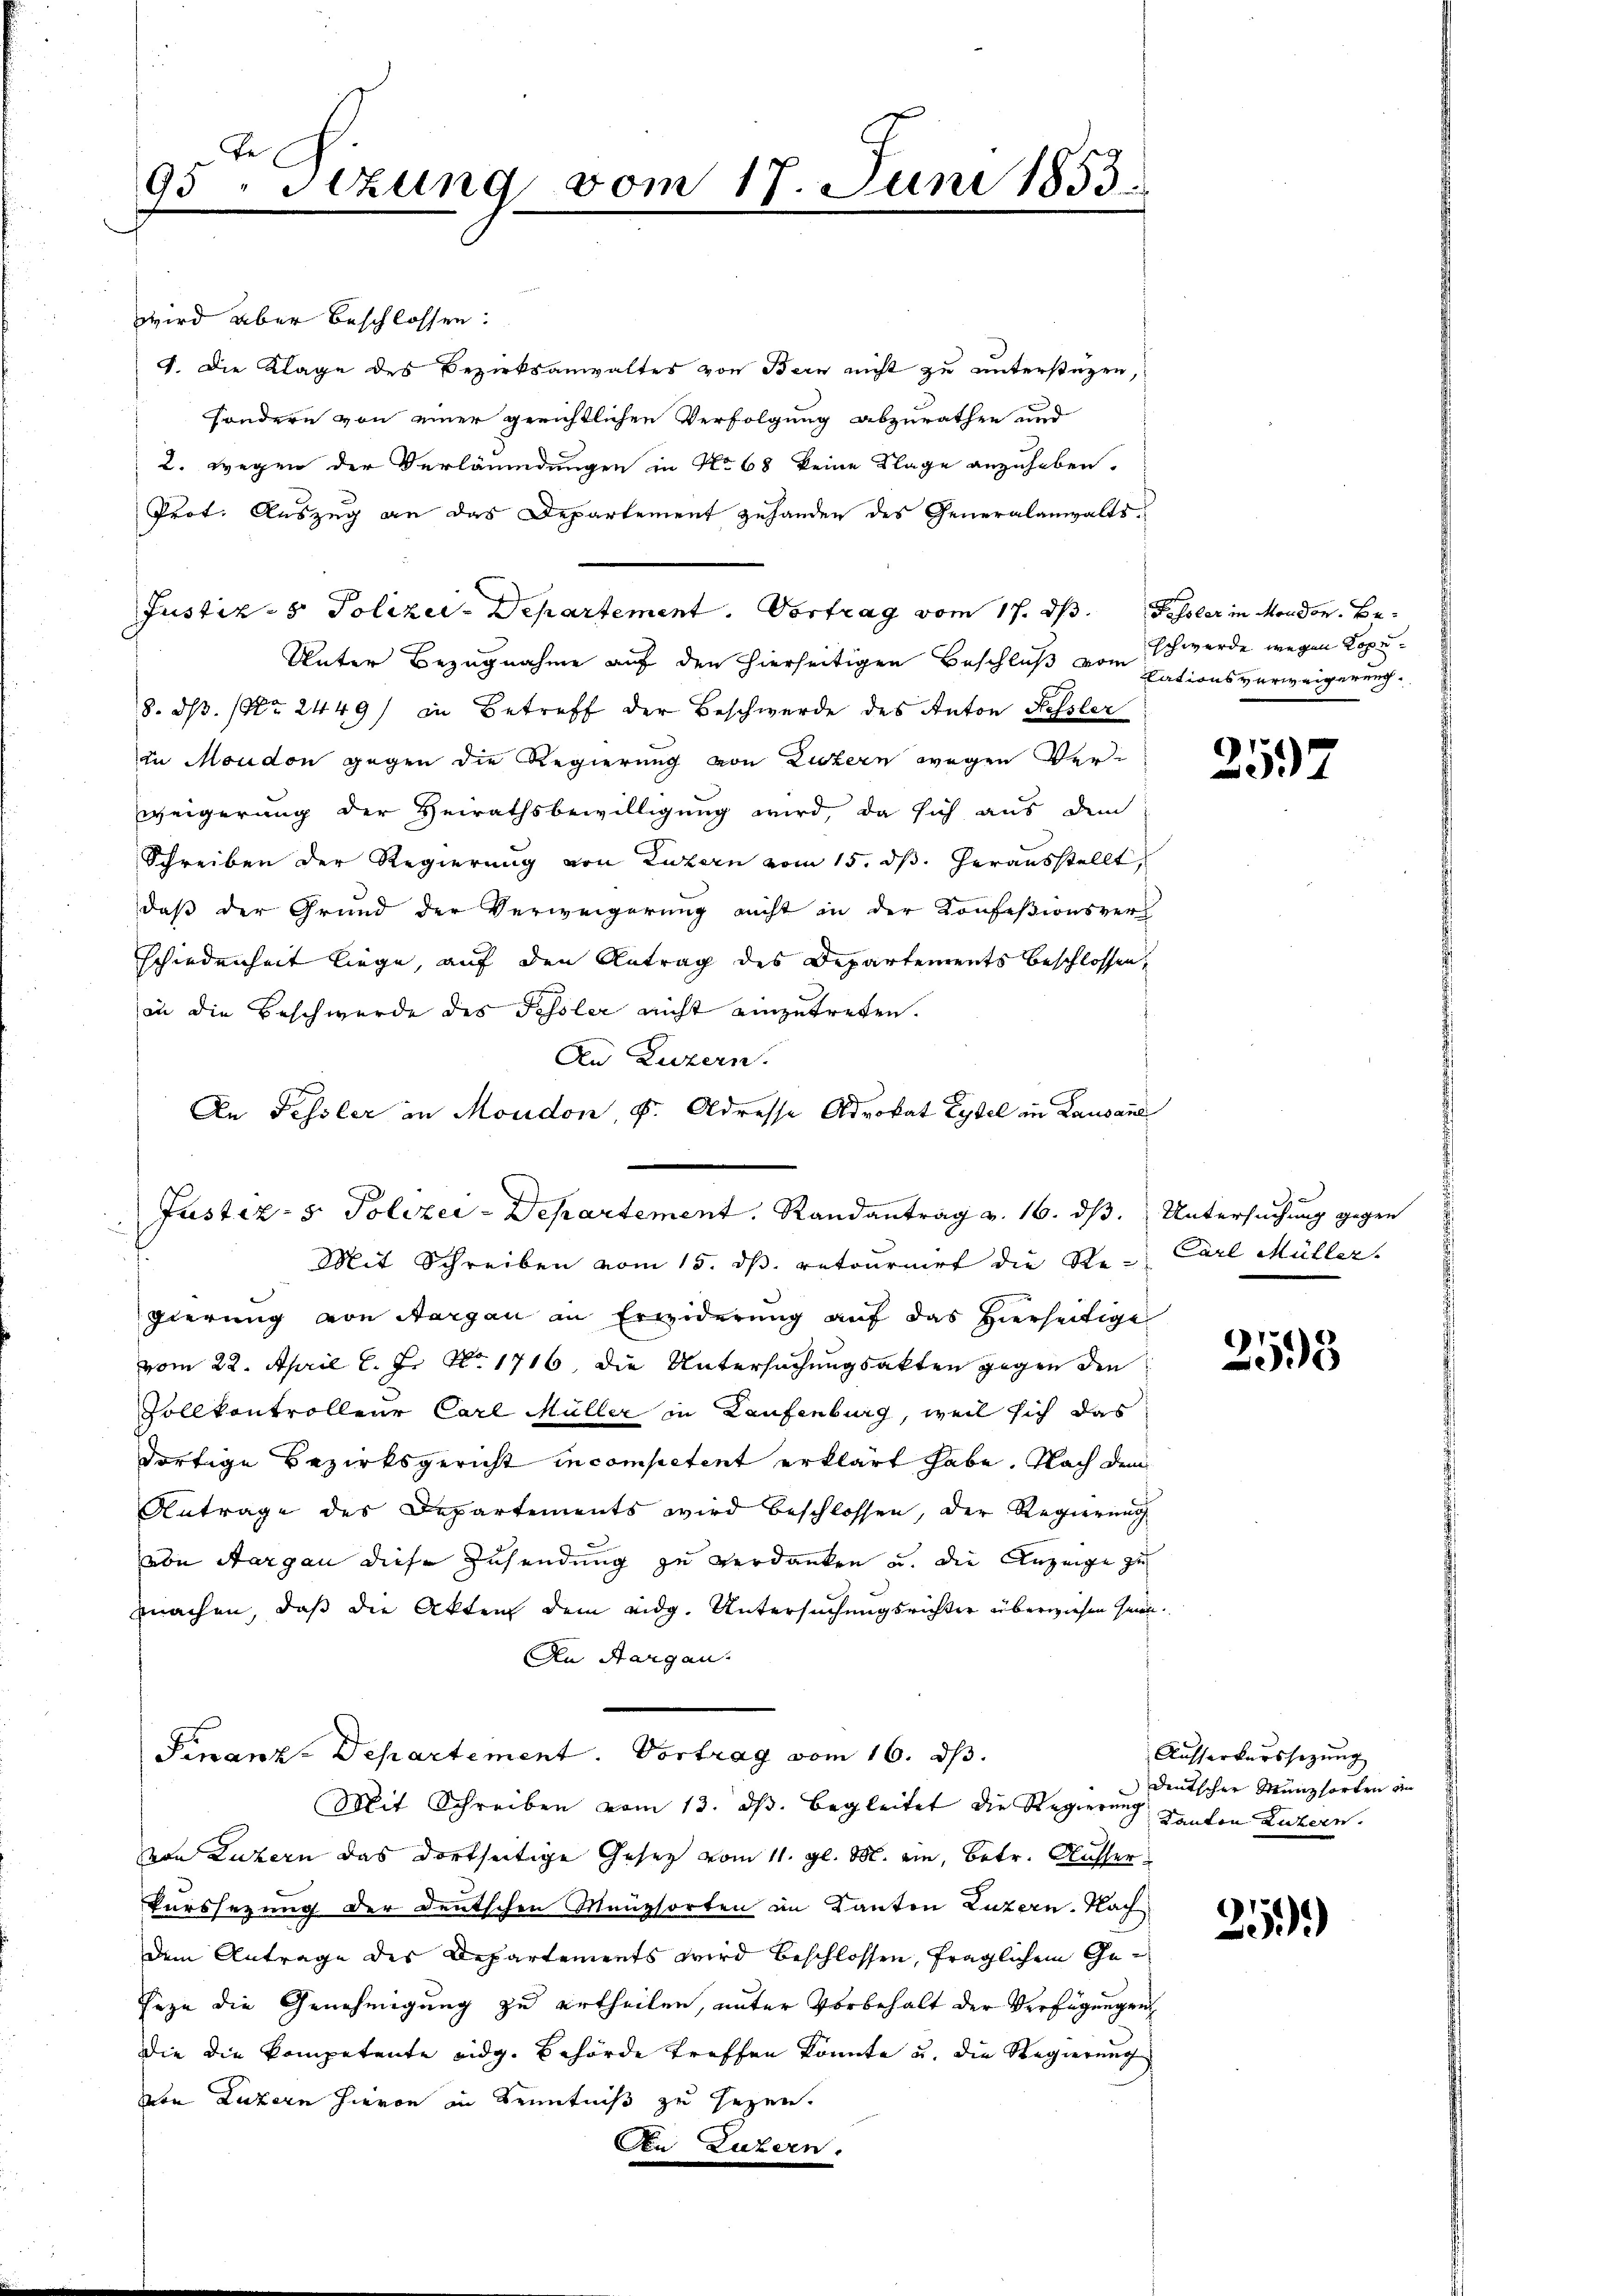
te
95 Stzung vom 17. Juni 1853.

Justiz- & Polizei-Departement. Randantrag v. 16. ds. Untersuchung gegen

wird aber beschlossen:
J. Die Klage des Bezirksanwaltes von Bern nicht zu unterstüzen,
sondern von einer gerichtlichen Verfolgung abzurathen und
2. wegen der Verläumdungen in No 68 keine Klage anzuheben.
Prot. Auszug an das Departement gehanden des Generalanwalts¬
Unter Bezugnahme auf den hierseitigen Beschluß vom
8. ds. (Nr. 2449) in Betreff der Beschwerde des Anton Kessler
in Moudon gegen die Regierung von Luzern wegen Ver-
weigerung der Heirathsbewilligung wird, da sich aus dem
Schreiben der Regierung von Luzern vom 15. dß. herausstellt
daß der Grund der Verweigerung nicht in der Konfeßionsverschiedenheit liege, auf den Antrag des Departements beschlossen,
in die Beschwerde des Fessler nicht einzutreten.
An Luzern.
An Fessler in Moudon, u. Adresse Advokat Lybel in Lausane

Justiz- & Polizei-Departement. Vortrag vom 17. ds. Fessler in Mondon. Be¬

Mit Schreiben vom 15. ds. retournirt die Re- Carl Müller.
gierung von Aargau an Erwiderung auf das hierseitige
vom 22. April l. J. No. 1716, die Untersuchungsakten gegen den
Vollkontrollene Carl Müller in Laufenburg, weil sich das
dortige Bezirksgericht in competent erklärt habe. Nach dem
Antrage des Departements wird beschlossen, der Regierung
von Aargau diese Zusendung zu verdanken u. die Anzeige zu
machen, daß die Akten dem eidg. Untersuchungsrichter überwiesen seien.
An Aargau.
Finanz-Departement. Vortrag vom 16. ds.
Mit Schreiben vom 13. ds. begleitet die Regierung kanton Luzern.
von Luzern das dortseitige Gesetz vom 11. gl. M. ein, betr. Ausser¬
Purssezung der deutschen Menzsorten im Kanton Luzern. Nach
dem Antrage des Departements wird beschlossen, fraglichem Geseze die Genehmigung zu ertheilen, unter Vorbehalt der Verfügungen
die die Kompetente eidg. Behörde treffen könnte u. die Regierung
von Luzern hievon in Kenntniß zu sezen.
An Luzern.

schwerde wegen Kopelationsverweigerung.

257

e

2593

Ausserkurssezung
deutscher Münzsorten an

25.)